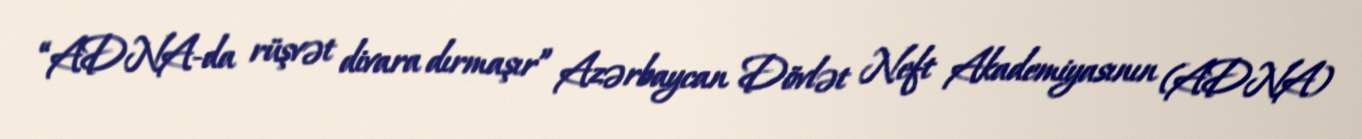
“ADNA-da rüşvət divara dırmaşır” Azərbaycan Dövlət Neft Akademiyasının (ADNA)